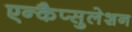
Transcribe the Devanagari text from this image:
एन्कैप्सुलेशन